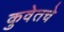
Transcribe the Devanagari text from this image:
कुवेतचे